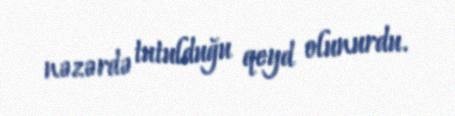
nəzərdə tutulduğu qeyd olunurdu.